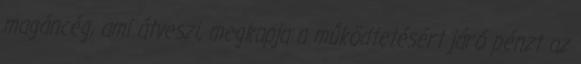
magáncég, ami átveszi, megkapja a működtetésért járó pénzt az